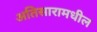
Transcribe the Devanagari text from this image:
अतिसारामधील